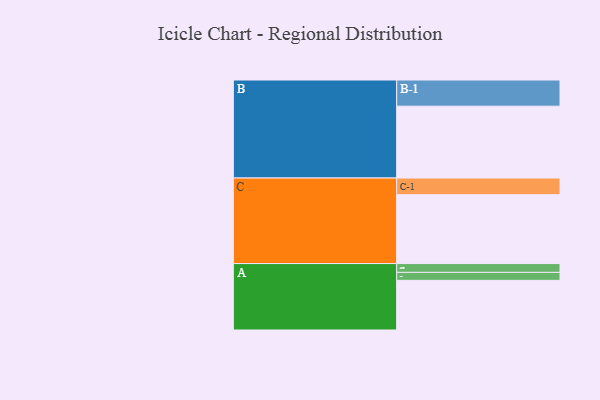
{"axis": {"x": "Segment", "y": "Value"}, "legend": ["", "A", "B", "C"], "data": [{"x": "A", "y": 349, "type": ""}, {"x": "B", "y": 505, "type": ""}, {"x": "C", "y": 484, "type": ""}, {"x": "A-1", "y": 56, "type": "A"}, {"x": "A-2", "y": 62, "type": "A"}, {"x": "B-1", "y": 184, "type": "B"}, {"x": "C-1", "y": 117, "type": "C"}]}